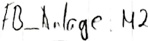
Text: FB_Anlage.M2